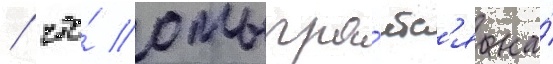
/ что́ отыгра́етс'я на́